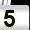
Digit: 5